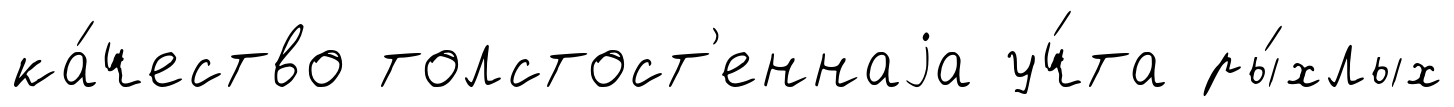
ка́чество толстост'еннаjа уч́та ры́хлых